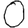
Digit: 0